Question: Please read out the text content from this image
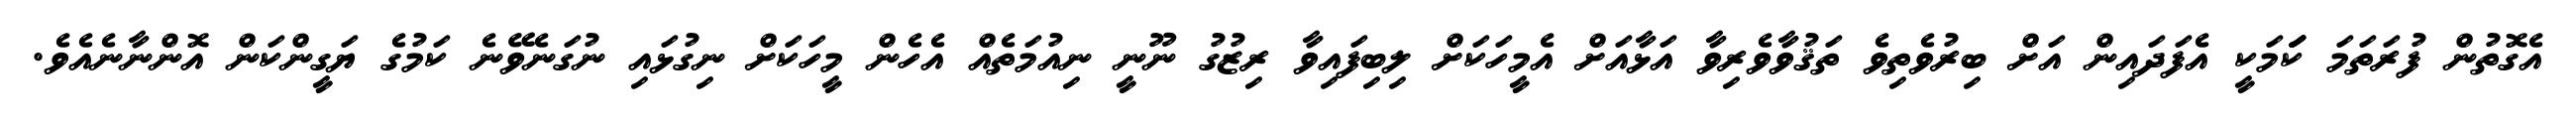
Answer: އެގޮތުން ފުރަތަމަ ކަަަަމަކީ އެފަދައިން އަށް ބިރުވެތިވެ ތަޤުވާވެރިވާ އަޅާއަށް އެމީހަކަށް ލިބިފައިވާ ރިޒުގު ނޫނީ ނިއުމަތެއް އެހެން މީހަކަށް ނިގުޅައި ނުގަނެވޭނެ ކަމުގެ ޔަގީންކަން އޮންނާނެއެވެ.